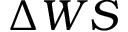
\Delta W S